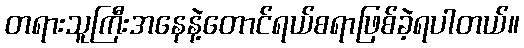
တရားသူကြီးအနေနဲ့တောင်ရယ်စရာဖြစ်ခဲ့ရပါတယ်။